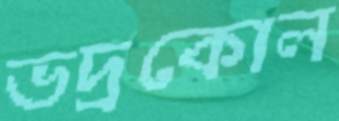
ভদ্রকোল